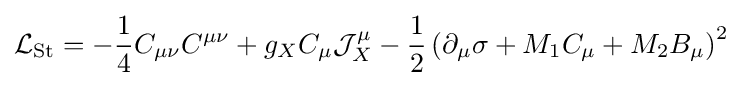
{\mathcal {L}}_{\rm {St}}=-{\frac {1}{4}}C_{\mu \nu }C^{\mu \nu }+g_{X}C_{\mu }{\mathcal {J}}_{X}^{\mu }-{\frac {1}{2}}\left(\partial _{\mu }\sigma +M_{1}C_{\mu }+M_{2}B_{\mu }\right)^{2}